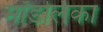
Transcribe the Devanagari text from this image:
मॉडलिका